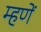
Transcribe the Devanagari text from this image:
म्हणें